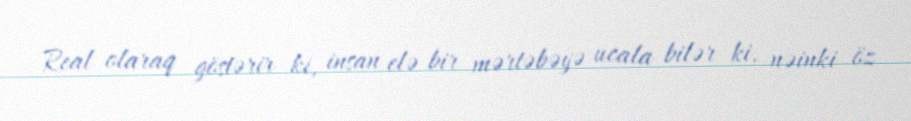
Real olaraq göstərir ki, insan elə bir mərtəbəyə ucala bilər ki, nəinki öz